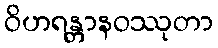
ဝိဟရန္တာနဝဿုတာ